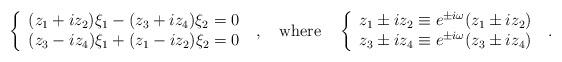
LaTeX: \begin{align*}\left\{\begin{array}{l}(z_1+iz_2)\xi_1 - (z_3+iz_4)\xi_2 = 0\\(z_3-iz_4)\xi_1 + (z_1-iz_2)\xi_2 = 0\end{array}\right.~,\quad \mbox{where}\quad\left\{\begin{array}{l}z_1\pm iz_2\equiv e^{\pm i\omega}(z_1\pm iz_2)\\z_3\pm iz_4\equiv e^{\pm i\omega}(z_3\pm iz_4)\end{array}\right. ~.\end{align*}